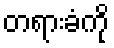
တရားခံကို